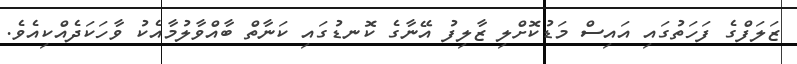
ޒަލަފްގެ ފަހަތުގައި އައިސް މަޑުކޮށްލި ޒާލިފު އޭނާގެ ކޮނޑުގައި ކަނާތް ބާއްވާލުމާއެކު ވާހަކަދެއްކިއެވެ.